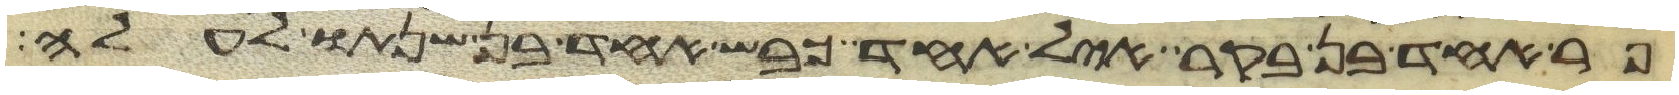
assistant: פר אחד בן בקר איל אחד כבש אחד בן שנתו לעלה